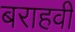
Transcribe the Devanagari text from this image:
बराहवी